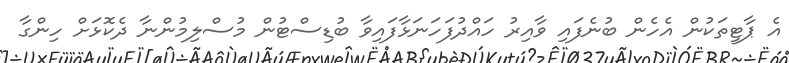
އެ ޕާޓީތަކުން އެހެން ބުނެފައި ވާއިރު ހައްދުފަހަނަޅާފައިވާ ބުޑިސްޓުން މުސްލިމުންނާ ދެކޮޅަށް ހިންގާ